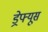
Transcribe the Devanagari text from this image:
ड्रेफ्यूस